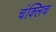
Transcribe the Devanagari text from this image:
चंक्लिच